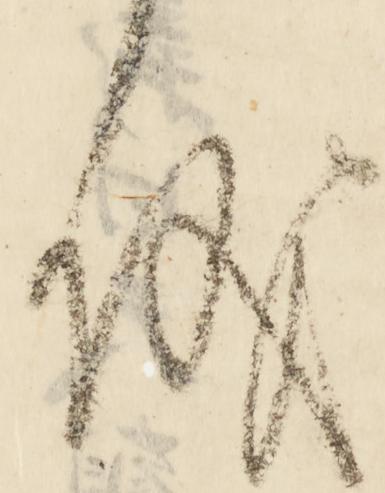
儀